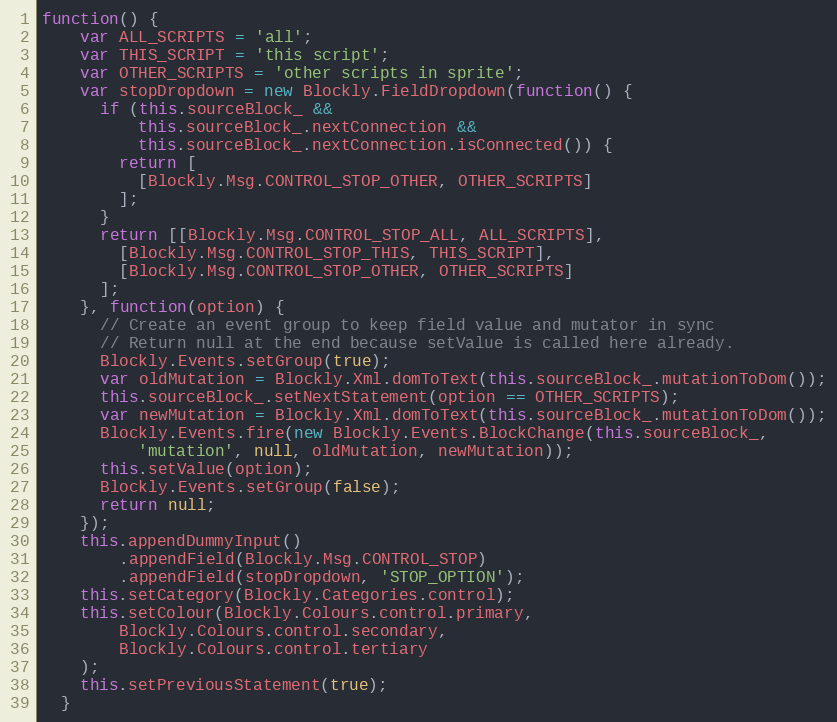
Language: JavaScript
function() {
    var ALL_SCRIPTS = 'all';
    var THIS_SCRIPT = 'this script';
    var OTHER_SCRIPTS = 'other scripts in sprite';
    var stopDropdown = new Blockly.FieldDropdown(function() {
      if (this.sourceBlock_ &&
          this.sourceBlock_.nextConnection &&
          this.sourceBlock_.nextConnection.isConnected()) {
        return [
          [Blockly.Msg.CONTROL_STOP_OTHER, OTHER_SCRIPTS]
        ];
      }
      return [[Blockly.Msg.CONTROL_STOP_ALL, ALL_SCRIPTS],
        [Blockly.Msg.CONTROL_STOP_THIS, THIS_SCRIPT],
        [Blockly.Msg.CONTROL_STOP_OTHER, OTHER_SCRIPTS]
      ];
    }, function(option) {
      // Create an event group to keep field value and mutator in sync
      // Return null at the end because setValue is called here already.
      Blockly.Events.setGroup(true);
      var oldMutation = Blockly.Xml.domToText(this.sourceBlock_.mutationToDom());
      this.sourceBlock_.setNextStatement(option == OTHER_SCRIPTS);
      var newMutation = Blockly.Xml.domToText(this.sourceBlock_.mutationToDom());
      Blockly.Events.fire(new Blockly.Events.BlockChange(this.sourceBlock_,
          'mutation', null, oldMutation, newMutation));
      this.setValue(option);
      Blockly.Events.setGroup(false);
      return null;
    });
    this.appendDummyInput()
        .appendField(Blockly.Msg.CONTROL_STOP)
        .appendField(stopDropdown, 'STOP_OPTION');
    this.setCategory(Blockly.Categories.control);
    this.setColour(Blockly.Colours.control.primary,
        Blockly.Colours.control.secondary,
        Blockly.Colours.control.tertiary
    );
    this.setPreviousStatement(true);
  }